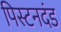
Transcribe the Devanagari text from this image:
पिस्टनदंड